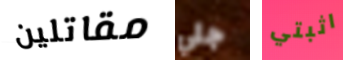
مقاتلين جلي اثبتي